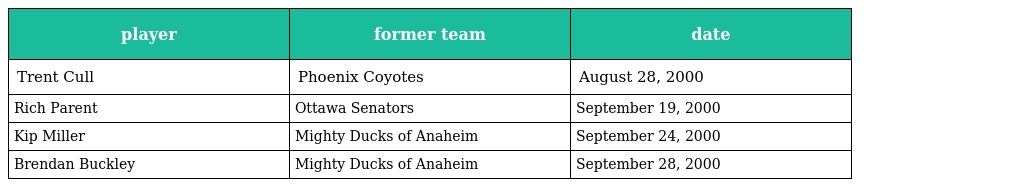
| player | former team | date |
 | --- | --- | --- |
 | Trent Cull | Phoenix Coyotes | August 28, 2000 |
 | Rich Parent | Ottawa Senators | September 19, 2000 |
 | Kip Miller | Mighty Ducks of Anaheim | September 24, 2000 |
 | Brendan Buckley | Mighty Ducks of Anaheim | September 28, 2000 |